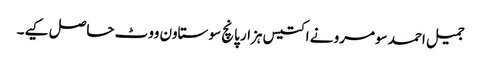
جمیل احمد سومرو نے اکتیس ہزار پانچ سو ستاون ووٹ حاصل کیے۔